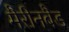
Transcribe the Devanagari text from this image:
मैरीनबैड